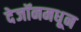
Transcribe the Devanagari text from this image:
देजॉनमधून